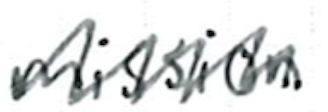
Text: mission
Cross-out: mix
Writing tool: ballpoint